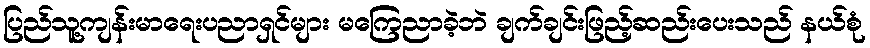
ပြည်သူ့ကျန်းမာရေးပညာရှင်များ မကြေညာခဲ့ဘဲ ချက်ချင်းဖြည့်ဆည်းပေးသည် နယ်စုံ